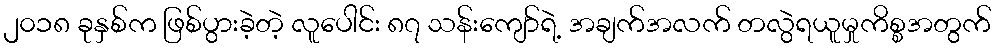
၂၀၁၈ ခုနှစ်က ဖြစ်ပွားခဲ့တဲ့ လူပေါင်း ၈၇ သန်းကျော်ရဲ့ အချက်အလက် တလွဲရယူမှုကိစ္စအတွက်